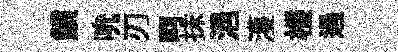
鎖吮刃呵抹浥濩楼過